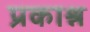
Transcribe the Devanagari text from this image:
प्रकाश्न